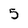
Character: 5